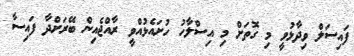
ފައިސަލް ވިދާޅުވީ މި ގޮތަށް މި އިސްލާހު ހުށައެޅުއްވީ ރާއްޖެއިން ބޭރަށްދާ ފައިސާ